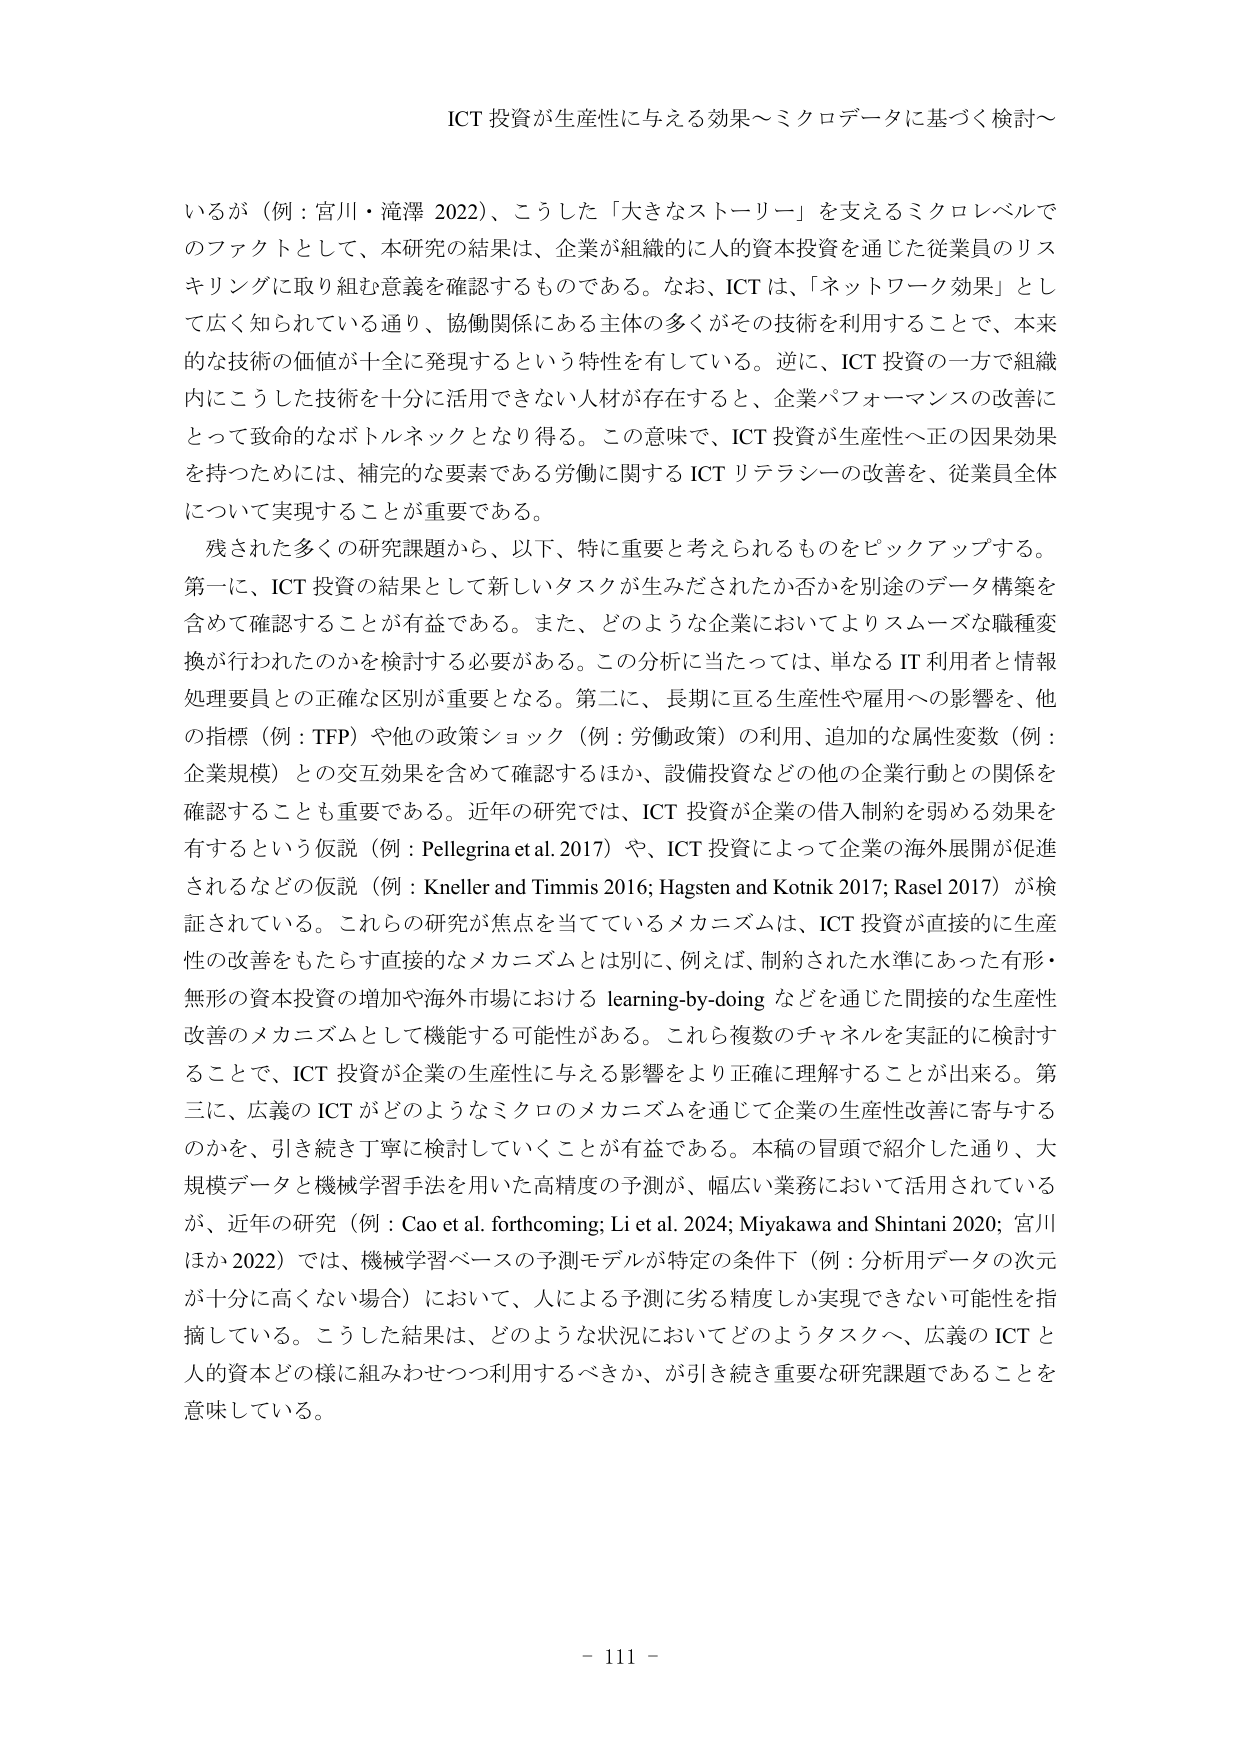
ICT 投資が生産性に与える効果～ミクロデータに基づく検討～

いるが（例：宮川・滝澤 2022）、こうした「大きなストーリー」を支えるミクロレベルでのファクトとして、本研究の結果は、企業が組織的に人的資本投資を通じた従業員のリスキリングに取り組む意義を確認するものである。なお、ICT は、「ネットワーク効果」として広く知られている通り、協働関係にある主体の多くがその技術を利用することで、本来的な技術の価値が十全に発現するという特性を有している。逆に、ICT 投資の一方で組織内にこうした技術を十分に活用できない人材が存在すると、企業パフォーマンスの改善にとって致命的なボトルネックとなり得る。この意味で、ICT 投資が生産性へ正の因果効果を持ったためには、補完的な要素である労働に関する ICT リテラシーの改善を、従業員全体について実現することが重要である。

残された多くの研究課題から、以下、特に重要と考えられるものをピックアップする。第一に、ICT 投資の結果として新しいタスクが生みだされたか否かを別途のデータ構築を含めて確認することが有益である。また、どのような企業においてよりスムーズな職種変換が行われたのかを検討する必要がある。この分析に当たっては、単なる IT 利用者と情報処理要員との正確な区別が重要となる。第二に、長期に亘る生産性や雇用への影響を、他の指標（例：TFP）や他の政策ショック（例：労働政策）の利用、追加的な属性変数（例：企業規模）との交互効果を含めて確認するほか、設備投資などの他の企業行動との関係を確認することも重要である。近年の研究では、ICT 投資が企業の借入制約を弱める効果を有するという仮説（例：Pellegrina et al. 2017）や、ICT 投資によって企業の海外展開が促進されるなどの仮説（例：Kneller and Timmis 2016; Hagsten and Kotnik 2017; Rasel 2017）が検証されている。これら の研究が焦点を当てているメカニズムは、ICT 投資が直接的に生産性の改善をもたらす直接的なメカニズムとは別に、例えば、制約された水準にあった有形・無形の資本投資の増加や海外市場における learning-by-doing などを通じた間接的な生産性改善のメカニズムとして機能する可能性がある。これら複数のチャネルを実証的に検討することで、ICT 投資が企業の生産性に与える影響をより正確に理解することが出来る。第三に、広義の ICT がどのようなミクロのメカニズムを通じて企業の生産性改善に寄与するのかを、引き続き丁寧に検討していくことが有益である。本稿の冒頭で紹介した通り、大規模データと機械学習手法を用いた高精度の予測が、幅広い業務において活用されているが、近年の研究（例：Cao et al. forthcoming; Li et al. 2024; Miyakawa and Shintani 2020; 宮川ほか 2022）では、機械学習ベースの予測モデルが特定の条件下（例：分析用データの次元が十分に高くない場合）において、人による予測に劣る精度しか実現できない可能性を指摘している。こうした結果は、どのような状況においてどのようなタスクへ、広義の ICT と人的資本どの様に組みわせつつ利用するべきか、が引き続き重要な研究課題であることを意味している。

- 111 -